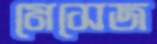
মেসেজ